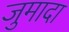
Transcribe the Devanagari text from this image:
जुमादा